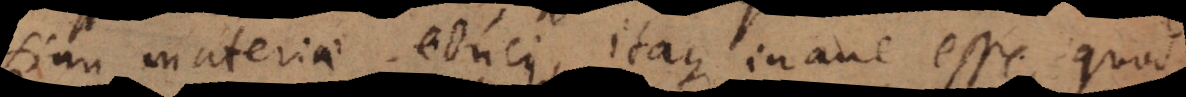
sinu materiae educi, itaque inane esse, quod